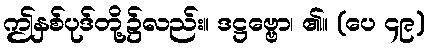
ဤနှစ်ပုဒ်တို့၌လည်း။ ဒဋ္ဌဗ္ဗော၊ ၏။ (ပေ ၄၉)